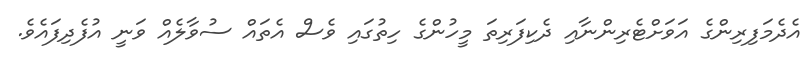
އެދެމަފިރިންގެ އަވަށްޓެރިންނާއި ދެކިފަރިތަ މީހުންގެ ހިތުގައި ވެސް އެތައް ސުވާލެއް ވަނީ އުފެދިފައެވެ.